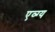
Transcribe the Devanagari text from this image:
एव्ग्य